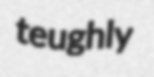
teughly